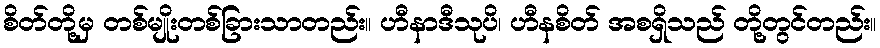
စိတ်တို့မှ တစ်မျိုးတစ်ခြားသာတည်း။ ဟီနာဒီသုပိ၊ ဟီနစိတ် အစရှိသည် တို့တွင်တည်း။